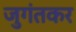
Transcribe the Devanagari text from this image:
जुगंतकर